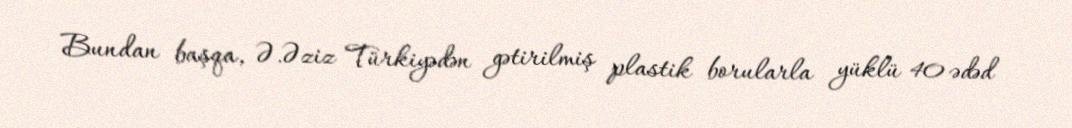
Bundan başqa, Ə.Əziz Türkiyədən gətirilmiş plastik borularla yüklü 40 ədəd